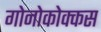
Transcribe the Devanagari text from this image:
गोनोकोक्कस